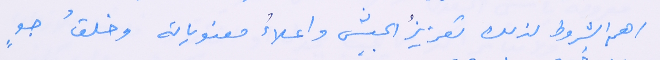
اهم الشروط لذلك تعزيزُ الجيش واعلاءُ معنوياته وخلقُ جوٍ